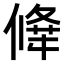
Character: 𠎕